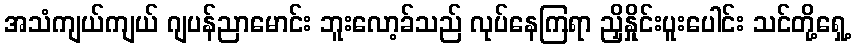
အသံကျယ်ကျယ် ဂျပန်ညာမောင်း ဘူးလော့ခ်သည် လုပ်နေကြရာ ညှိနှိုင်းပူးပေါင်း သင်တို့ရှေ့